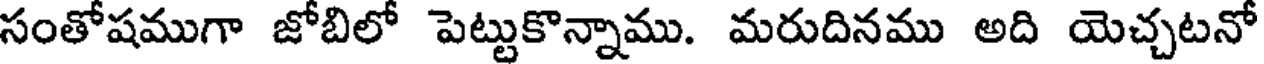
సంతోషముగా జోబిలో పెట్టుకొన్నాము. మరుదినము అది యెచ్చటనో